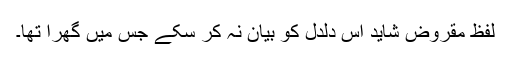
لفظ مقروض شاید اس دلدل کو بیان نہ کر سکے جس میں گھرا تھا۔